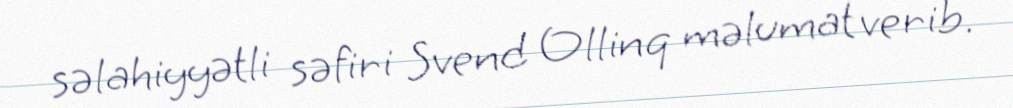
səlahiyyətli səfiri Svend Ollinq məlumat verib.